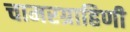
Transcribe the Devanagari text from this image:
चामरग्राहिणी